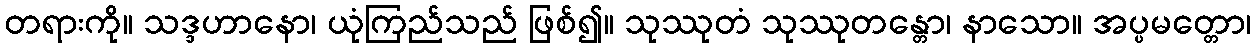
တရားကို။ သဒ္ဒဟာနော၊ ယုံကြည်သည် ဖြစ်၍။ သုဿုတံ သုဿုတန္တော၊ နာသော။ အပ္ပမတ္တော၊